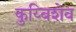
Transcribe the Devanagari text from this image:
कुय्बिशेव